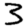
Digit: 3